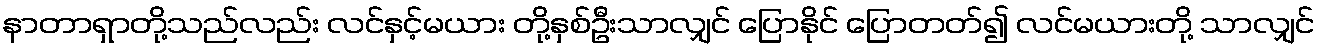
နာတာရှာတို့သည်လည်း လင်နှင့်မယား တို့နှစ်ဦးသာလျှင် ပြောနိုင် ပြောတတ်၍ လင်မယားတို့ သာလျှင်